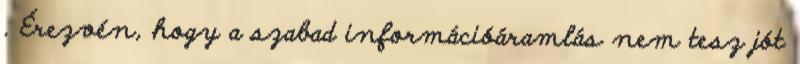
. Érezvén, hogy a szabad információáramlás nem tesz jót